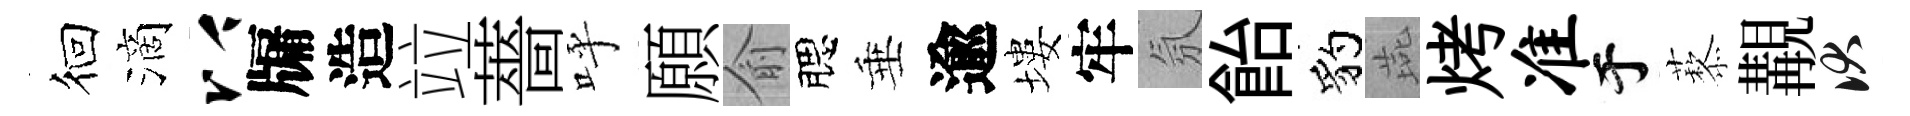
徊滴以牖造竝薔呼願俞腮垂逾塿牢氛飴豹燕烤准于藜覯伏